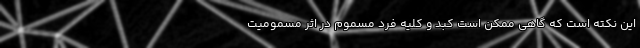
این نکته است که گاهی ممکن است کبد و کلیه فرد مسموم در اثر مسمومیت